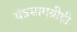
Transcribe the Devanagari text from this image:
यंत्रसामग्रीही